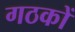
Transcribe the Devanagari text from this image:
गठकों